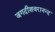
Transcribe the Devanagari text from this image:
जगदीशवरानन्द